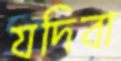
যদিবা